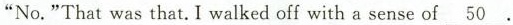
“No.”That was that.I walked off with a sense of \underline{50}.